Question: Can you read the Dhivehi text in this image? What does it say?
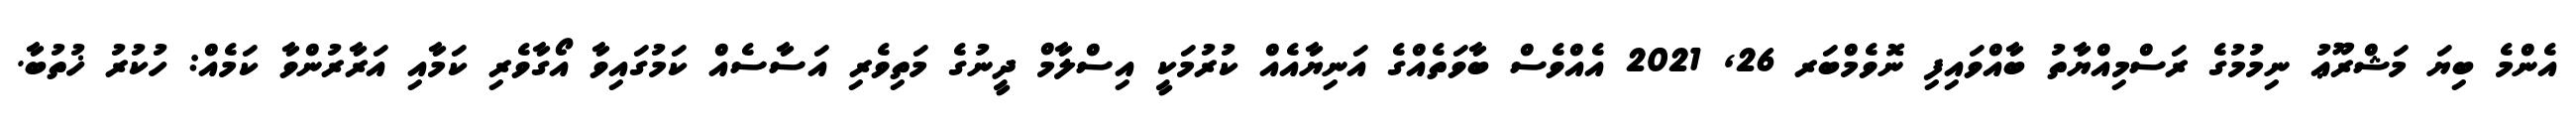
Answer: އެންމެ ބިޔަ މަޝްރޫޢު ނިމުމުގެ ރަސްމިއްޔާތު ބާއްވައިފި ނޮވެމްބަރ 26, 2021 އެއްވެސް ބާވަތެއްގެ އަނިޔާއެއް ކުރުމަކީ އިސްލާމް ދީނުގެ މަތިވެރި އަސާސެއް ކަމުގައިވާ އޯގާވެރި ކަމާއި އަރާރުންވާ ކަމެއް: ހުކުރު ޚުތުބާ.